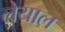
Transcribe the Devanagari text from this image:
लेयाल